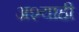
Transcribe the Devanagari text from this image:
अश्याही